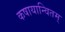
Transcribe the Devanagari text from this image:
कषायान्वितम्